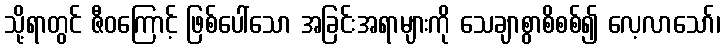
သို့ရာတွင် ဇီဝကြောင့် ဖြစ်ပေါ်သော အခြင်းအရာများကို သေချာစွာစိစစ်၍ လေ့လာသော်၊